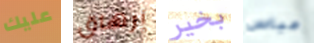
عليك إرهاق بخير عباس